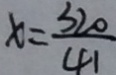
x = \frac { 3 2 0 } { 4 1 }